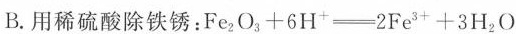
B.用稀硫酸除铁锈：$$F e _ { 2 } O _ { 3 } + 6 H ^ { + } = 2 F e _ { 3 + } + 3 H _ { 2 } O$$